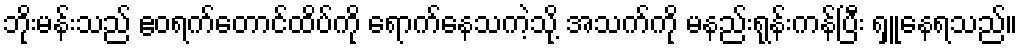
ဘိုးမန်းသည် ဧဝရက်တောင်ထိပ်ကို ရောက်နေသကဲ့သို့ အသက်ကို မနည်းရုန်းကန်ပြီး ရှူနေရသည်။